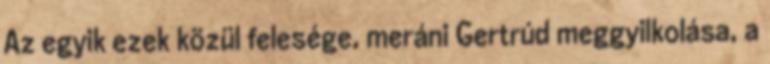
Az egyik ezek közül felesége, meráni Gertrúd meggyilkolása, a